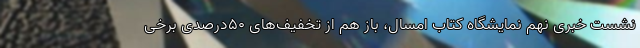
نشست خبری نهم نمایشگاه کتاب امسال، باز هم از تخفیف‌های ۵۰درصدی برخی